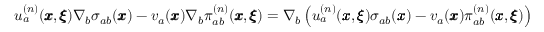
u _ { a } ^ { ( n ) } ( { \pmb x } , { \pmb \xi } ) \nabla _ { b } \sigma _ { a b } ( { \pmb x } ) - v _ { a } ( { \pmb x } ) \nabla _ { b } \pi _ { a b } ^ { ( n ) } ( { \pmb x } , { \pmb \xi } ) = \nabla _ { b } \left( u _ { a } ^ { ( n ) } ( { \pmb x } , { \pmb \xi } ) \sigma _ { a b } ( { \pmb x } ) - v _ { a } ( { \pmb x } ) \pi _ { a b } ^ { ( n ) } ( { \pmb x } , { \pmb \xi } ) \right)